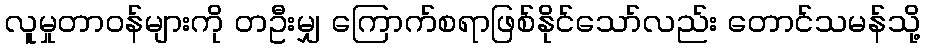
လူမှုတာဝန်များကို တဦးမျှ ကြောက်စရာဖြစ်နိုင်သော်လည်း တောင်သမန်သို့